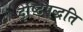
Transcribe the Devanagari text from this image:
दृष्टिपद्धति